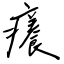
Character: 癢